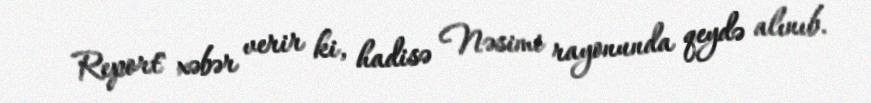
Report" xəbər verir ki, hadisə Nəsimi rayonunda qeydə alınıb.